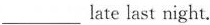
___late last night.